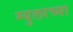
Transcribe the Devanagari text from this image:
म्युलरच्या